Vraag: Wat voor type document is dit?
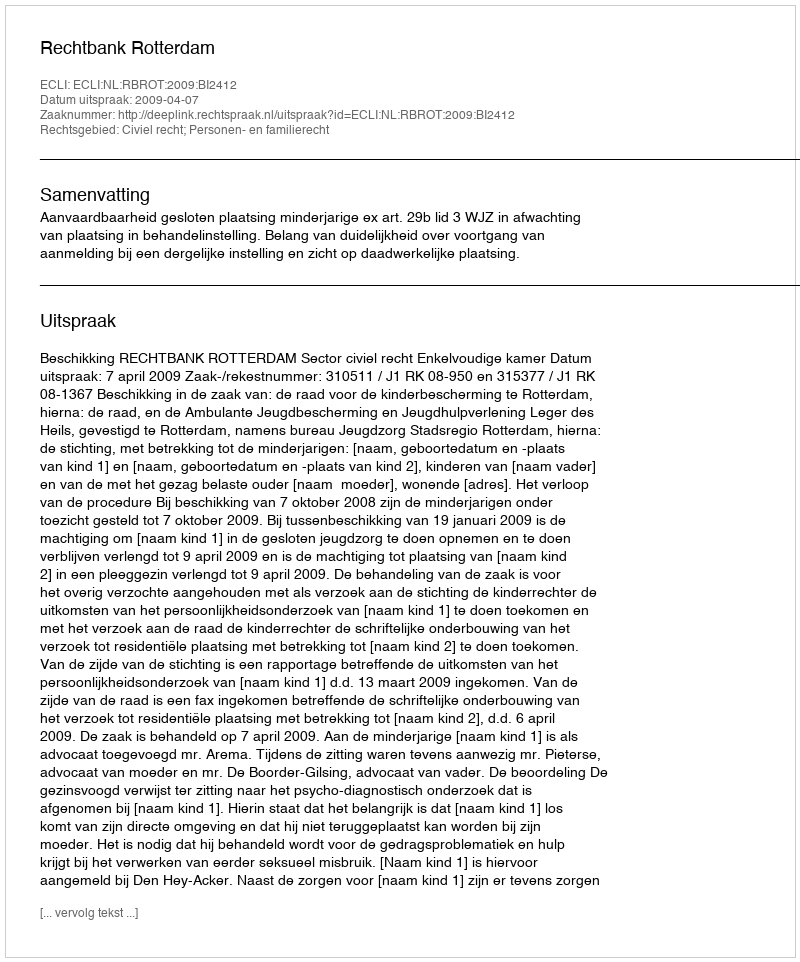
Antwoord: Uitspraak